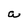
Character: a